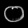
Digit: ၀